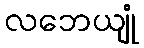
လဘေယျုံ